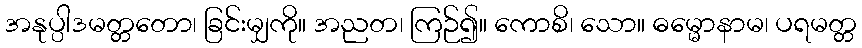
အနုပ္ပါဒမတ္တတော၊ ခြင်းမျှကို။ အညတ၊ ကြဉ်၍။ ကောစိ၊ သော။ ဓမ္မောနာမ၊ ပရမတ္တ